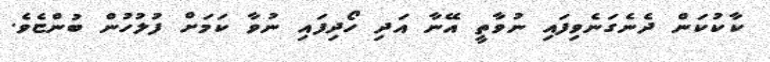
ކާކުކަން ދެނެގަނެވިފައި ނުވާތީ އޭނާ އަދި ހޯދިފައި ނުވާ ކަމަށް ފުލުހުން ބުންޏެވެ.